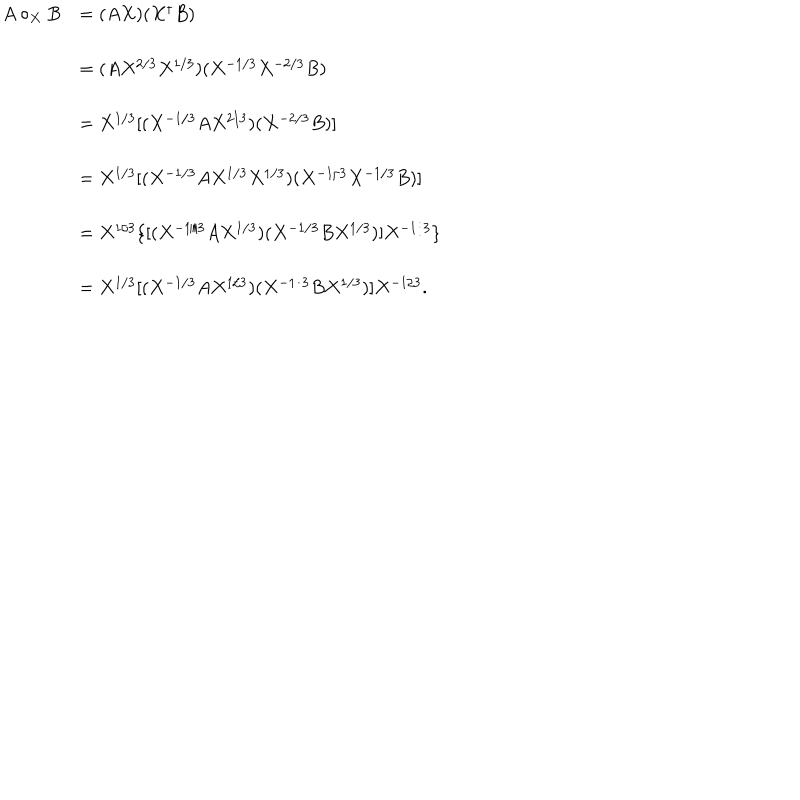
\begin{array} { r l } { { A \circ _ { X } B } } & { { = ( A X ) ( X ^ { \dagger } B ) } } \\ { { } } & { { = ( A X ^ { 2 / 3 } X ^ { 1 / 3 } ) ( X ^ { - 1 / 3 } X ^ { - 2 / 3 } B ) } } \\ { { } } & { { = X ^ { 1 / 3 } [ ( X ^ { - 1 / 3 } A X ^ { 2 / 3 } ) ( X ^ { - 2 / 3 } B ) ] } } \\ { { } } & { { = X ^ { 1 / 3 } [ ( X ^ { - 1 / 3 } A X ^ { 1 / 3 } X ^ { 1 / 3 } ) ( X ^ { - 1 / 3 } X ^ { - 1 / 3 } B ) ] } } \\ { { } } & { { = X ^ { 1 / 3 } \{ [ ( X ^ { - 1 / 3 } A X ^ { 1 / 3 } ) ( X ^ { - 1 / 3 } B X ^ { 1 / 3 } ) ] X ^ { - 1 / 3 } \} } } \\ { { } } & { { = X ^ { 1 / 3 } [ ( X ^ { - 1 / 3 } A X ^ { 1 / 3 } ) ( X ^ { - 1 / 3 } B X ^ { 1 / 3 } ) ] X ^ { - 1 / 3 } . } } \\ \end{array}